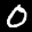
Label: 0